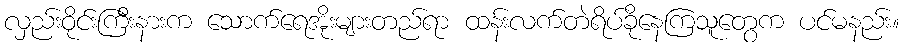
လှည်းဝိုင်းကြီးနားက သောက်ရေအိုးများတည်ရာ ထန်းလက်တဲရိပ်ခိုနေကြသူတွေက ပင်မနည်း။